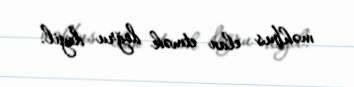
məhbus elan etmək doğru deyil.